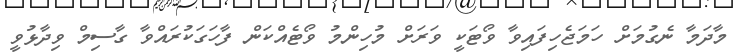
މާދަމާ ނެގުމަށް ހަމަޖެހިފައިވާ ވޯޓަކީ ވަރަށް މުހިންމު ވޯޓެއްކަން ފާހަގަކުރައްވާ ގާސިމް ވިދާޅުވީ